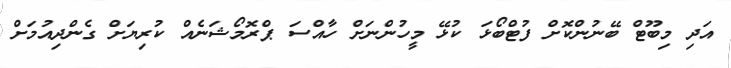
އަދި މިބޫޓް ބޭނުންކޮށް ފުޓްބޯޅަ ކުޅޭ މީހުންނަށް ހާއްސަ ޕްރޮމޯޝަނެއް ކުރިޔަށް ގެންދިއުމަށް